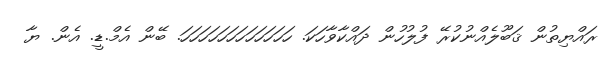
ރައްޔިތުން ޤަބޫލެއްނުކުރޭ ފުލުހުން ދައްކާވާހަކަ. ހަހަހަހަހަހަހަހަހަހަހަހަ. ބޭން އެމް.ޑީ. އެން. ޔާ